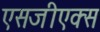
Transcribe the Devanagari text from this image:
एसजीएक्स